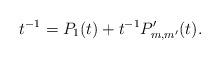
LaTeX: \begin{align*}t^{-1}=P_1(t)+t^{-1}P'_{m,m'}(t). \end{align*}